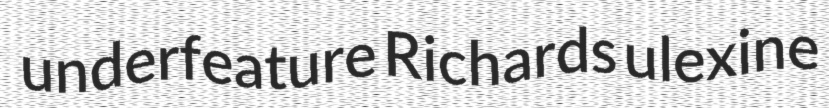
underfeature Richards ulexine